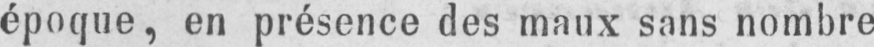
époque, en présence des maux sans nombre